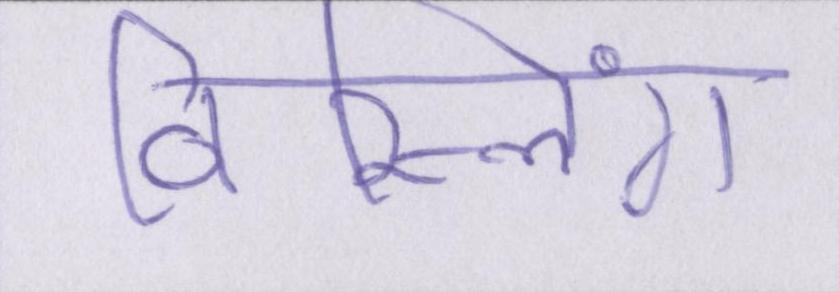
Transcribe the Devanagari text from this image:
विस्लिंग